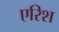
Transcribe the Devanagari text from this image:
एरिश